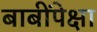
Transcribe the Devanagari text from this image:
बाबींपेक्षा